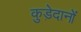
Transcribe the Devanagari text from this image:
कुड़ेदानों